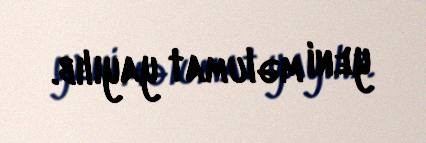
yeni məlumat yayılıb.